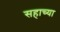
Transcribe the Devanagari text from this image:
सहाच्या